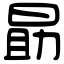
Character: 勗